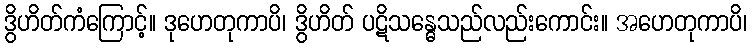
ဒွိဟိတ်ကံကြောင့်။ ဒုဟေတုကာပိ၊ ဒွိဟိတ် ပဋိသန္ဓေသည်လည်းကောင်း။ အဟေတုကာပိ၊